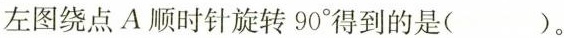
左图绕点A顺时针旋转90°得到的是( )。